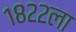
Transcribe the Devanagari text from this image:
१८२२ला